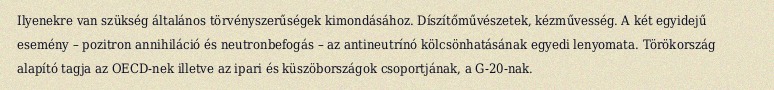
Ilyenekre van szükség általános törvényszerűségek kimondásához. Díszítőművészetek, kézművesség. A két egyidejű esemény – pozitron annihiláció és neutronbefogás – az antineutrínó kölcsönhatásának egyedi lenyomata. Törökország alapító tagja az OECD-nek illetve az ipari és küszöbországok csoportjának, a G-20-nak.